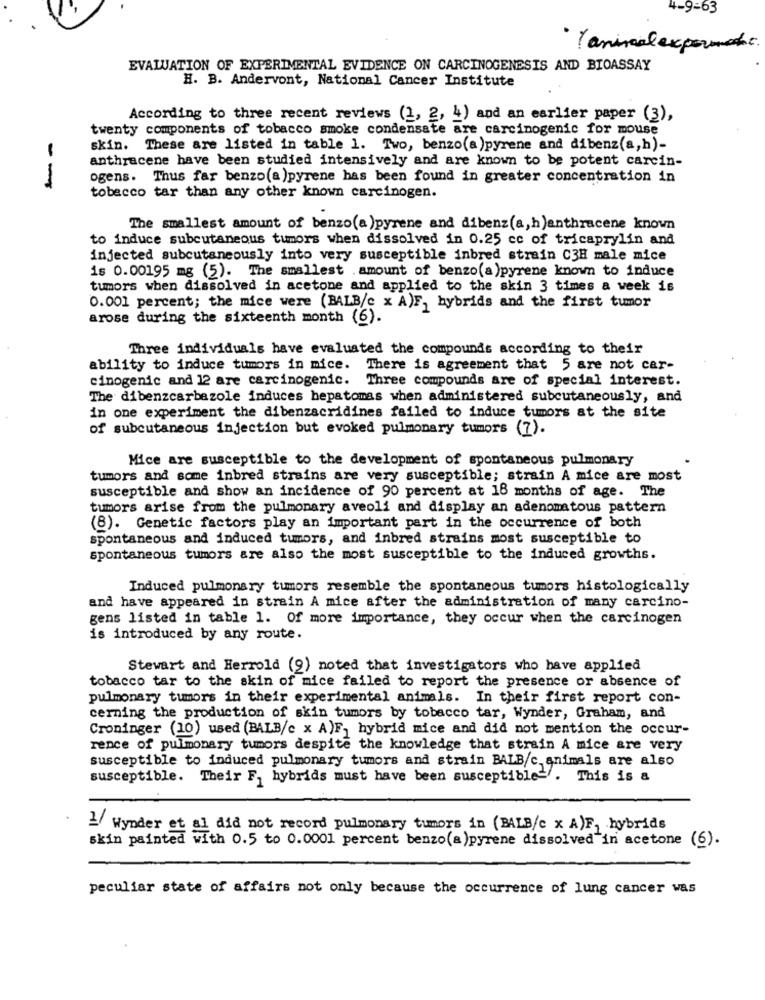
4-9-63
·T animal experiment
EVALUATION OF EXPERIMENTAL EVIDENCE ON CARCINOGENESIS AND BIOASSAY
H. B. Andervont, National Cancer Institute
According to three recent reviews (1, 2, 4) and an earlier paper (3),
twenty components of tobacco smoke condensate are carcinogenic for mouse
skin. These are listed in table 1. Two, benzo(a)pyrene and dibenz(a,h)-
anthracene have been studied intensively and are known to be potent carcin-
--
ogens. Thus far benzo(a )pyrene has been found in greater concentration in
tobacco tar than any other known carcinogen.
The smallest amount of benzo(a)pyrene and dibenz(a, h)enthracene known
to induce subcutaneous tumors when dissolved in 0.25 cc of tricaprylin and
injected subcutaneously into very susceptible inbred strain C3H male mice
is 0.00195 mg (5). The smallest .amount of benzo(a)pyrene known to induce
tumors when dissolved in acetone and applied to the skin 3 times a week is
0.001 percent; the mice were (BALB/c x A)F, hybrids and the first tumor
arose during the sixteenth month (6).
Three individuals have evaluated the compounds according to their
ability to induce tumors in mice. There is agreement that 5 are not car-
cinogenic and 12 are carcinogenic. Three compounds are of special interest.
The dibenzcarbazole induces hepatomas when administered subcutaneously, and
in one experiment the dibenzacridines failed to induce tumors at the site
of subcutaneous injection but evoked pulmonary tumors (7).
Mice are susceptible to the development of spontaneous pulmonary
tumors and some inbred strains are very susceptible; strain A mice are most
susceptible and show an incidence of 90 percent at 18 months of age. The
tumors arise from the pulmonary aveoli and display an adenomatous pattern
(8). Genetic factors play an important part in the occurrence of both
spontaneous and induced tumors, and inbred strains most susceptible to
spontaneous tumors are also the most susceptible to the induced growths.
Induced pulmonary tumors resemble the spontaneous tumors histologically
and have appeared in strain A mice after the administration of many carcino-
gens listed in table 1. Of more importance, they occur when the carcinogen
is introduced by any route.
Stewart and Herrold (9) noted that investigators who have applied
tobacco tar to the skin of mice failed to report the presence or absence of
pulmonary tumors in their experimental animals. In their first report con-
cerning the production of skin tumors by tobacco tar, Wynder, Graham, and
Croninger (10) used (BALB/c x A)F, hybrid mice and did not mention the occur-
rence of pulmonary tumors despite the knowledge that strain A mice are very
susceptible to induced pulmonary tumors and strain BALB/c. animals are also
susceptible. Their F, hybrids must have been susceptible -. This is a
1 Wynder et al did not record pulmonary tumors in (BALB/c x A)F, hybrids
skin painted with 0.5 to 0.0001 percent benzo(a)pyrene dissolved in acetone (6).
peculiar state of affairs not only because the occurrence of lung cancer was